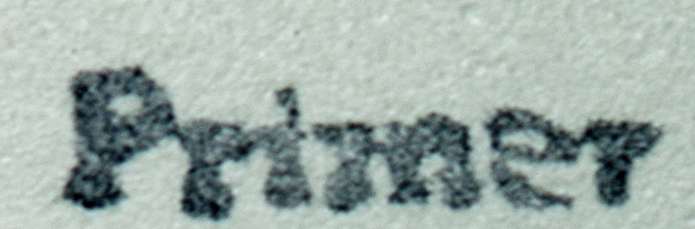
Primer